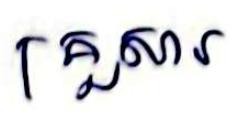
គ្រួសារ